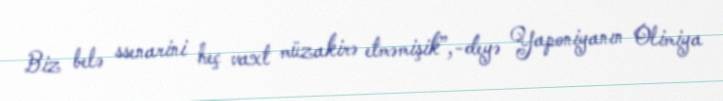
Biz belə ssenarini heç vaxt müzakirə etməmişik”,-deyə Yaponiyanın Olimiya